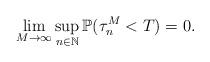
LaTeX: \begin{align*}\lim_{M\rightarrow\infty}\sup_{n\in \mathbb{N}} \mathbb{P}(\tau_{n}^M <T) =0.\end{align*}